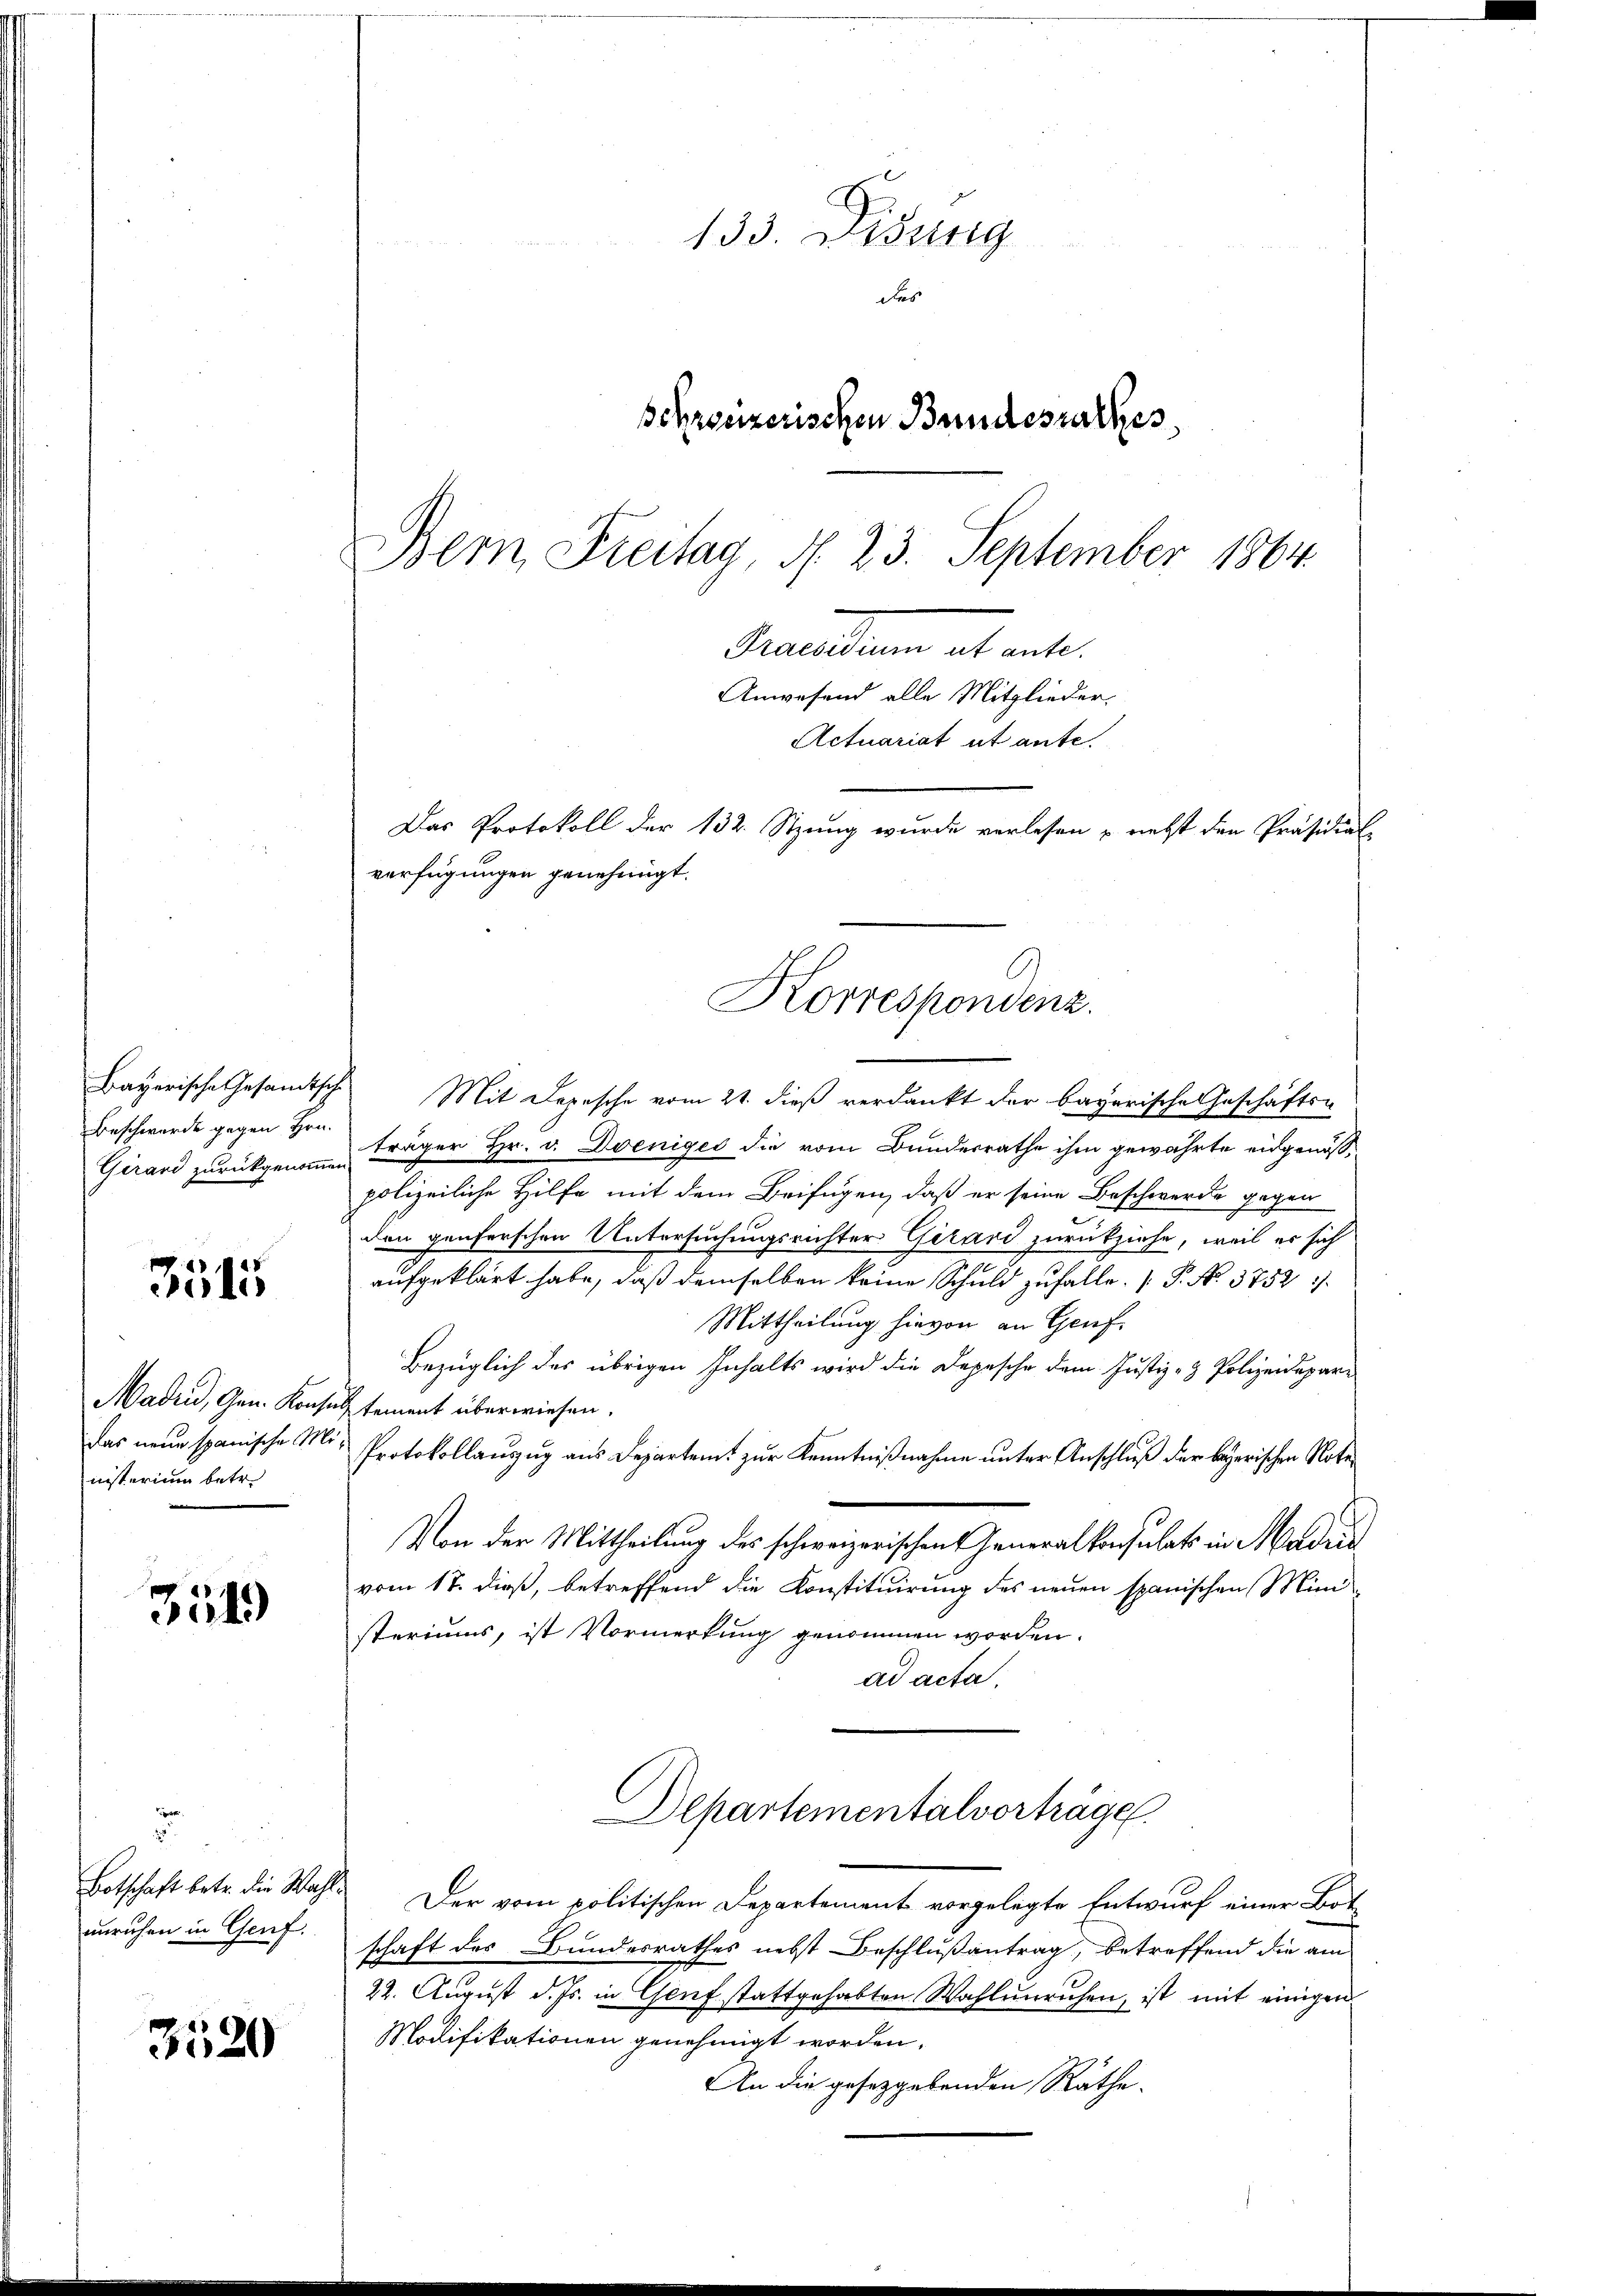
Beschwerde gegen Hrn.
Girard zurückgenommen

Böls

Madrid, Gen. Konse
das neue spanische Me
nisterium betr.

3519

3520

.
unruhen in Genf.

133. Disung
des
Schreizerischen Bundesrathes,
Bemn Freitag, d. 23. September 1864.

Geranten als ent¬
Actuariat et ante.
Das Protokoll der 132. Stzung wurde verlesen – nebst den Präsidial-
verfügungen genehmigt.
Korrespondenz.

Anwesend alle Mitglieder.

Bayerische Gesandtsche Mit Depesche vom 21. dieß verdankt der bayerische Geschäfts-
träger Hr. v. Doeniges die vom Bunderrathe ihm gewährte eidgenössi
polizeiliche Hilfe mit dem Beifügen, daß er seine Beschwerde gegen
den genferschen Untersuchungsrichter Girard zurückziehe, weil er sich
aufgeklärt habe, daß demselben keine Schuld zufalle.  P. No. 3752
Mittheilung hievon an Genf,
Bezüglich des übrigen Inhalts wird die Depesche dem Justiz- & Polizeidepar-
ic tement überwiesen.
Protokollanzug aus Departemt zur Kenntnißnahme unter Anschluß der bezerischen Note
Von der Mittheilung des schweizerischen Generalkonsulat in Madrin
vom 17. dieß, betreffend die Konstituirung des neuen spanischen Mini
steriums, ist Vormerkung genommen worden.
ad acta,
Departementalvorträge.
Botschaft betr. die Wahl. Der vom politischen Departement vorgelegte Entwurf einer Bot
schaft des Bundesrathes nebst Beschlußantrag, betreffend die am
22. August d. Js. in Genf stattgehabten Wahlunruhen, ist mit einigen
Modifikationen genehmigt worden.
An die gesetzgebenden Räthe.